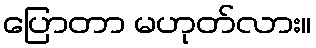
ပြောတာ မဟုတ်လား။